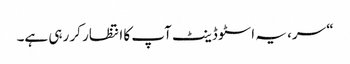
“ سر، یہ اسٹوڈینٹ آپ کا انتظار کر رہی ہے۔